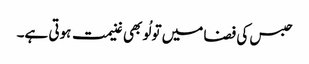
حبس کی فضا میں تو لُو بھی غنیمت ہوتی ہے۔